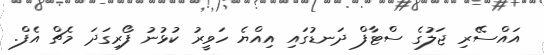
އައްސޭރި ޖަލުގެ ސްޓާފް ދަނޑުގައި އިއްޔެ ހަވީރު ކުޅުނު ފޯރިގަދަ މެޗް އެފް.